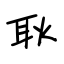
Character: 耿